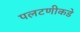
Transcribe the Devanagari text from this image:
पलटणीकडे